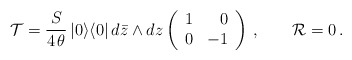
\begin{align*}{\cal T}=\frac{S}{4\,\theta}\,|0\rangle\langle 0|\,d\bar{z}\wedge dz\left(\begin{array}{rr}1 & 0 \\0 & -1\end{array}\right)\, ,\qquad{\cal R}=0\, .\end{align*}